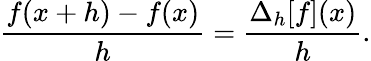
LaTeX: {\frac{f(x+h)-f(x)}{h}}={\frac{\Delta_{h}[f](x)}{h}}.